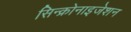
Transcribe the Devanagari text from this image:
सिन्क्रोनाइजेशन